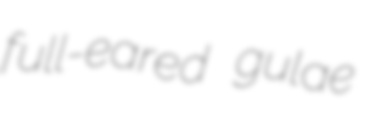
full-eared gulae